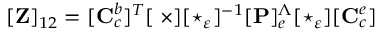
[ \mathbf { Z } ] _ { 1 2 } = [ \mathbf { C } _ { c } ^ { b } ] ^ { T } [ \mathbf { \nabla \times } ] [ \star _ { \varepsilon } ] ^ { - 1 } [ \mathbf { P } ] _ { e } ^ { \Lambda } [ \star _ { \varepsilon } ] [ \mathbf { C } _ { c } ^ { e } ]